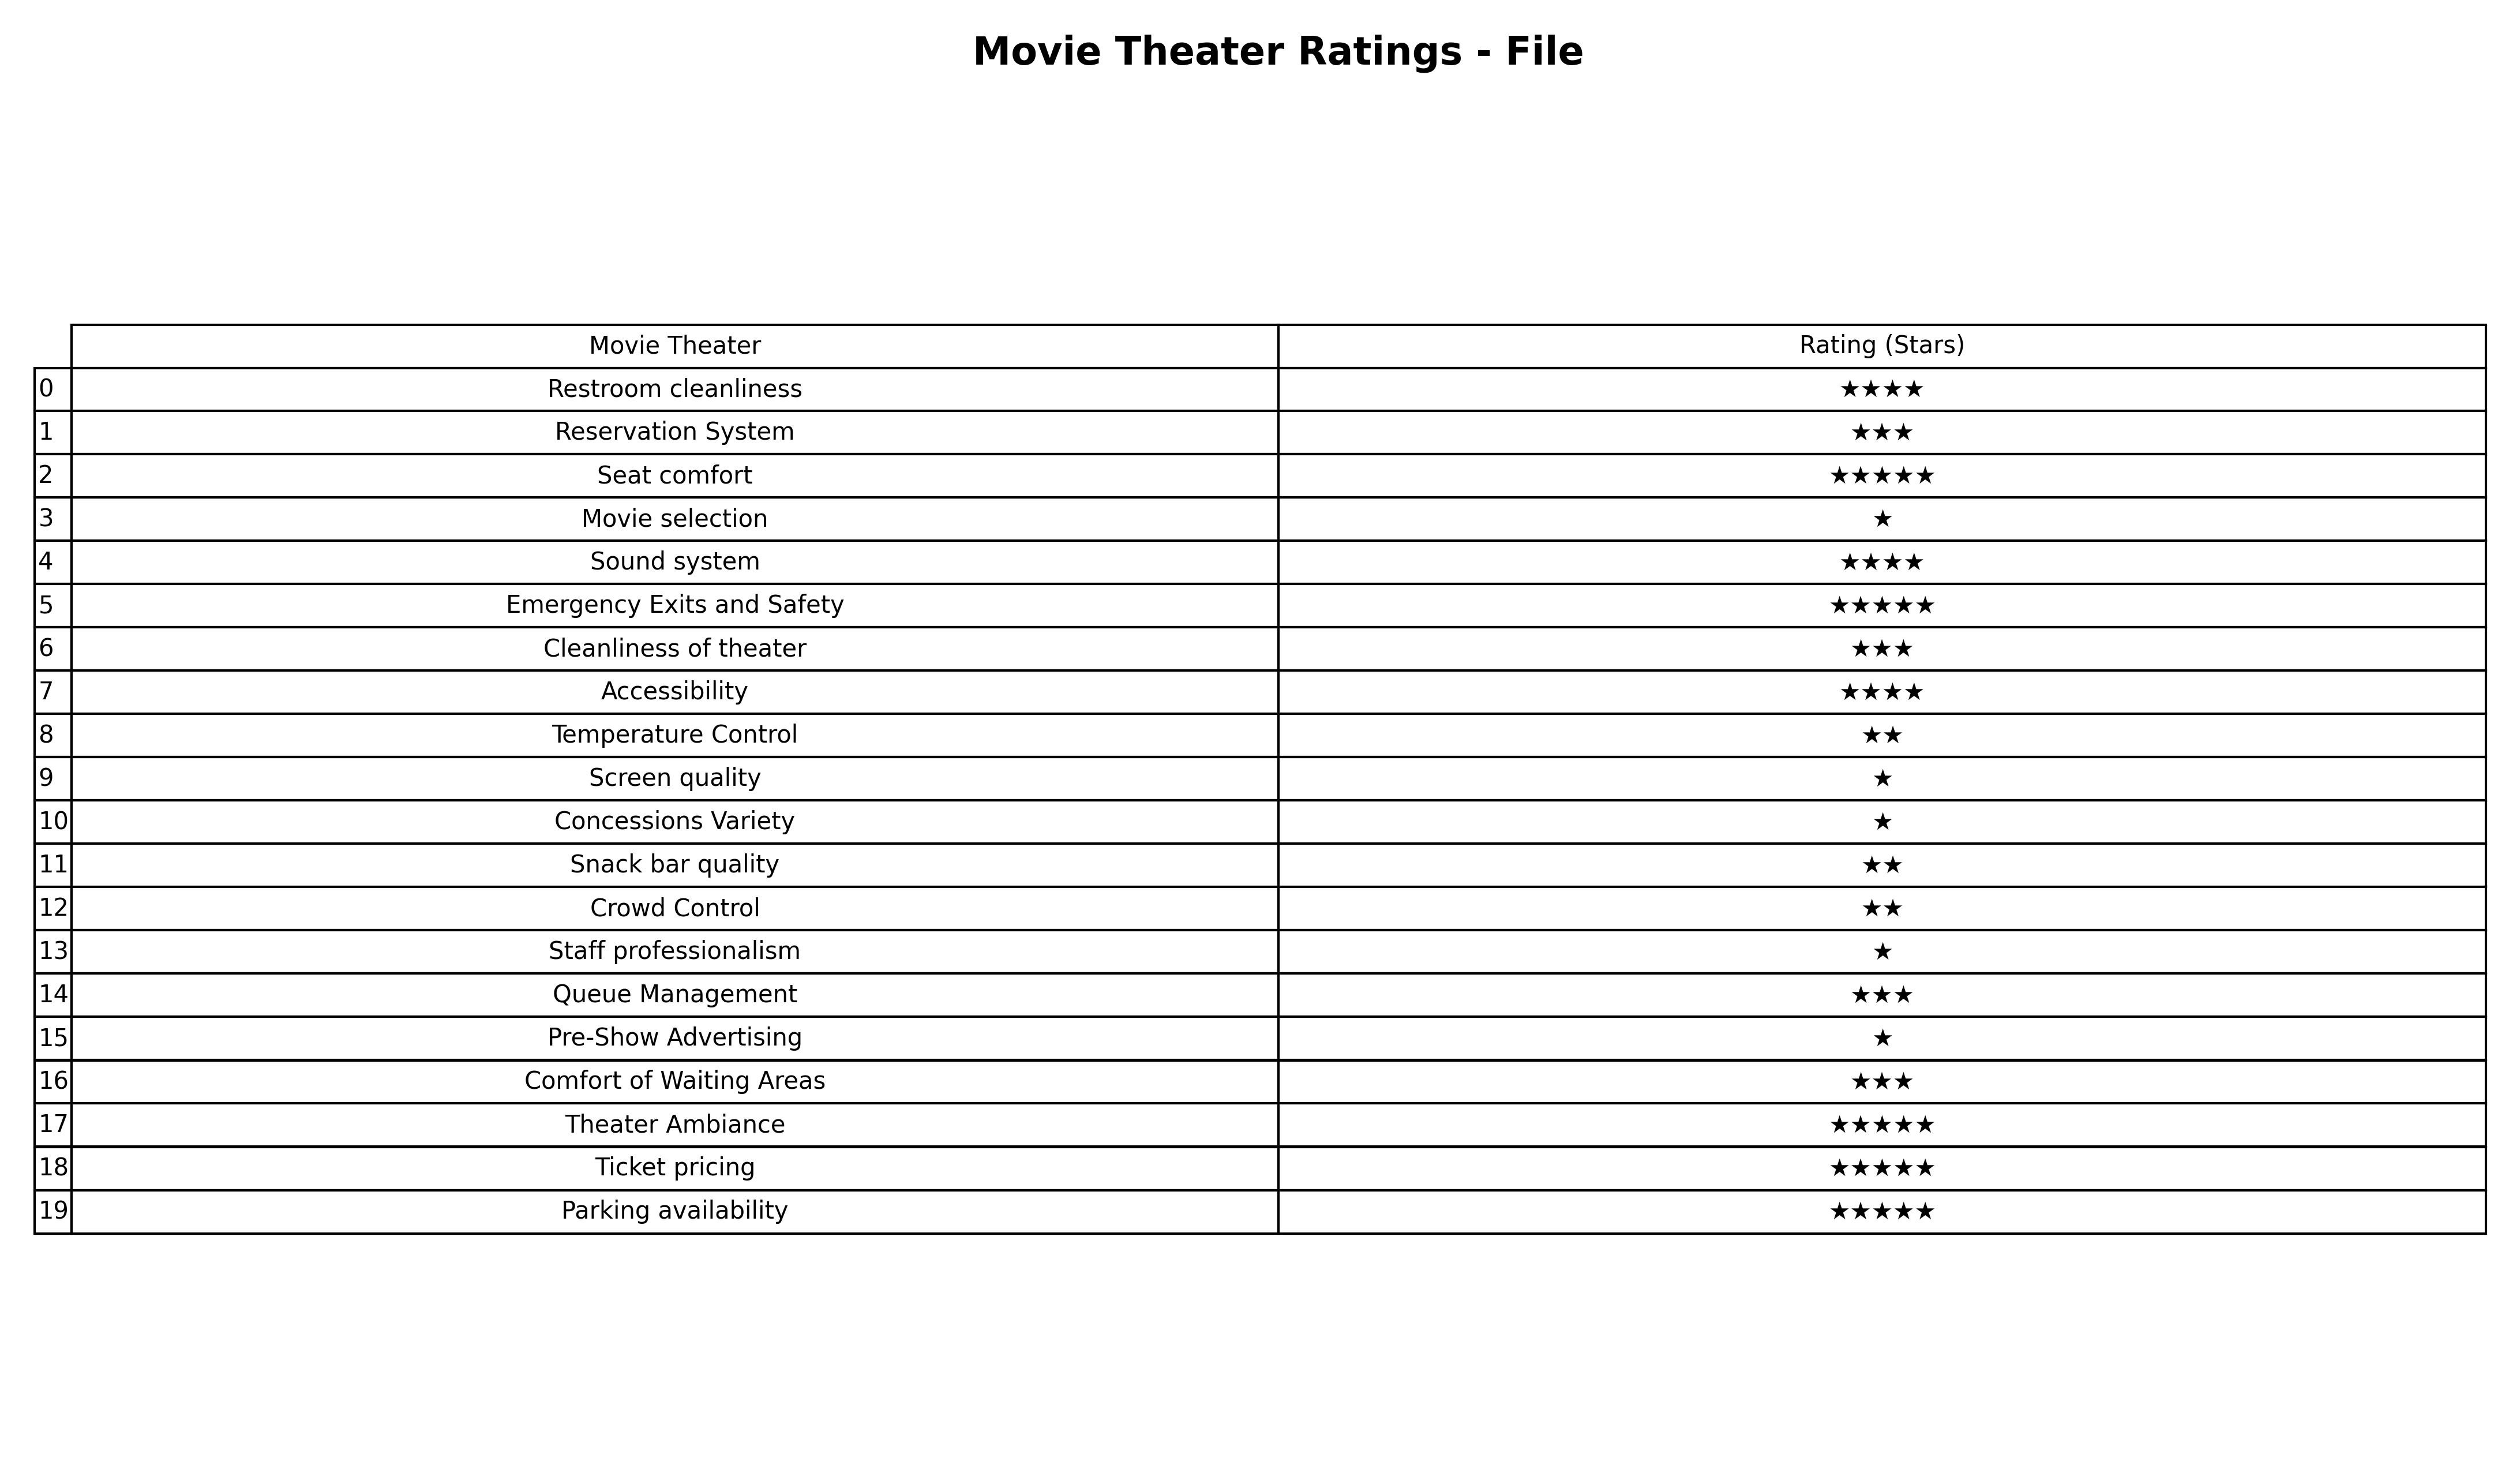
question: What is the rating of Parking availability?
answer: ★★★★★